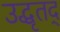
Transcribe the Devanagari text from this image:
उद्धृतद्